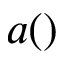
a ( )